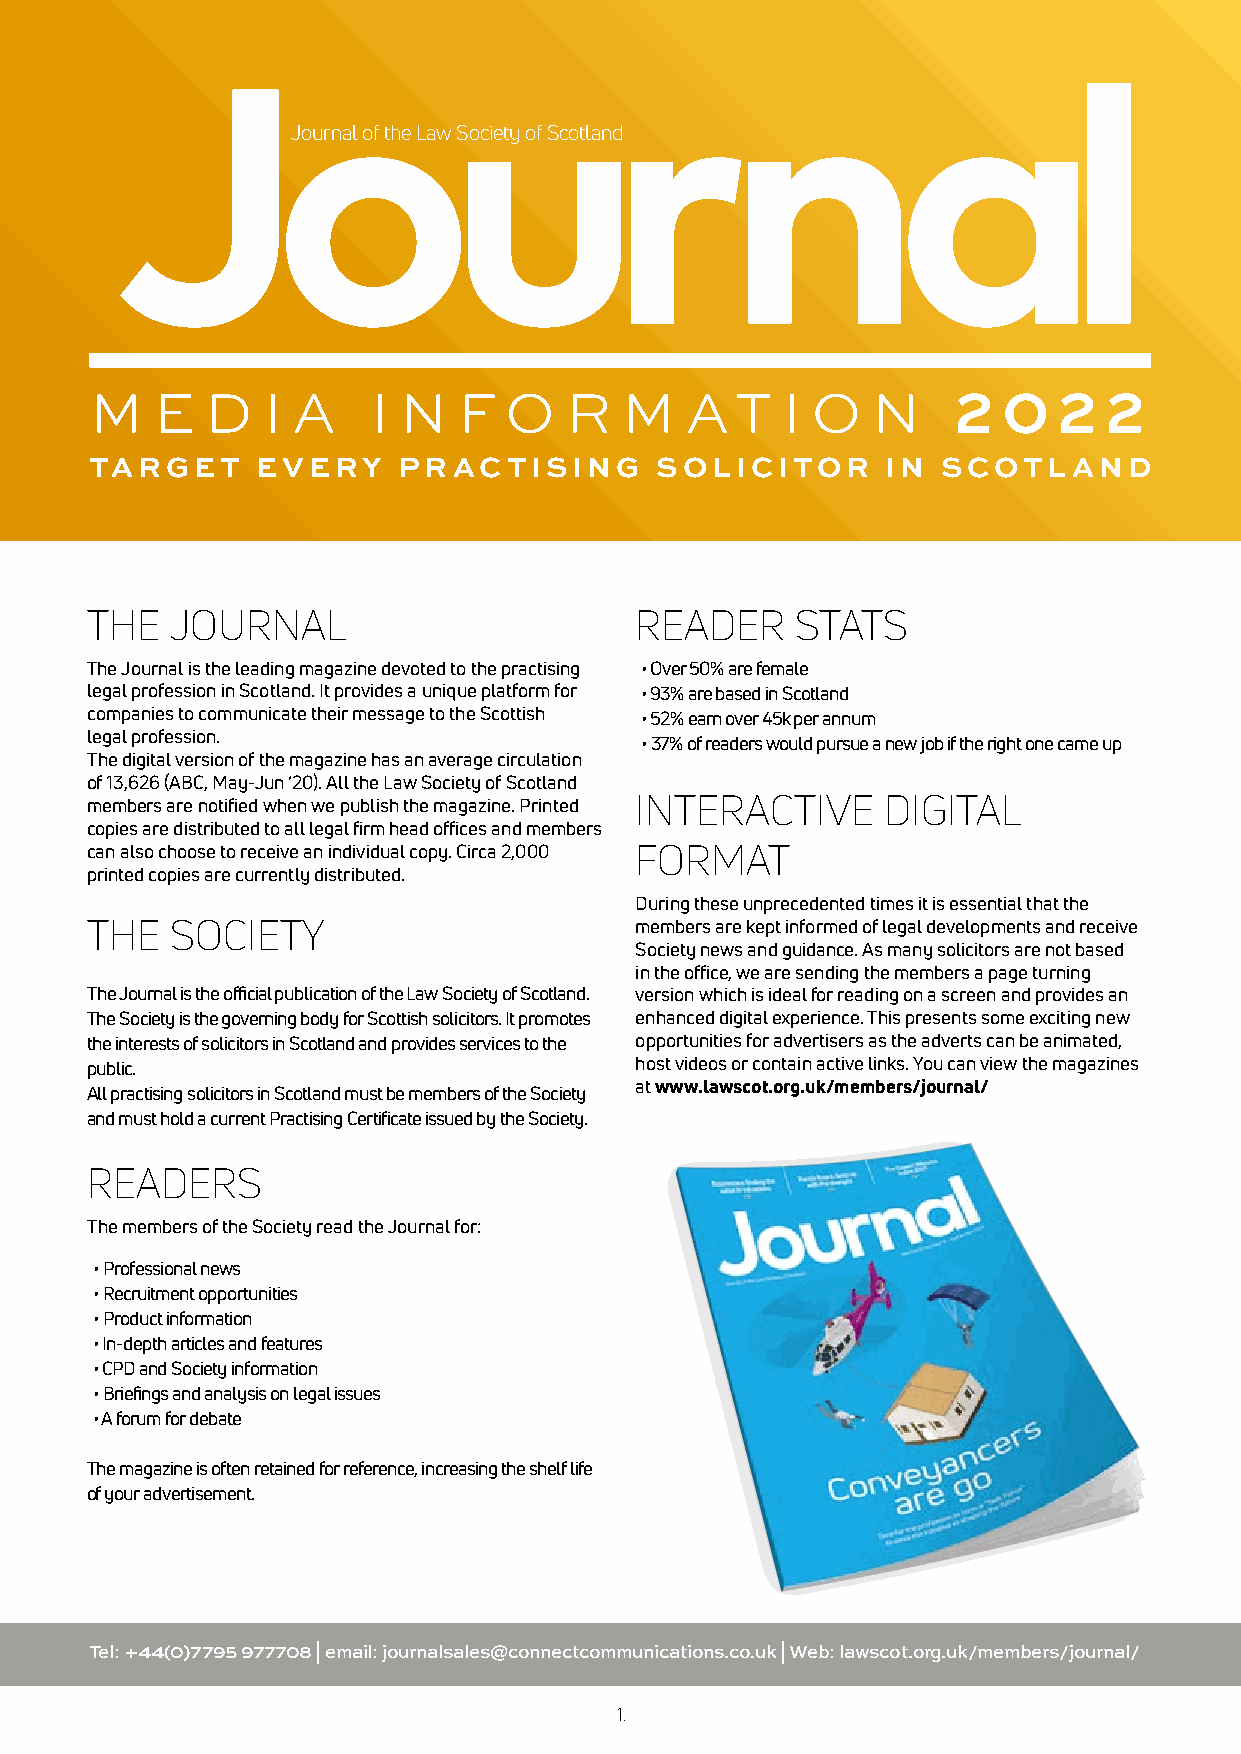
Journal of the Law Society of Scotland
 M   E   D  I A     I N  F  O   R   M   AT     I O   N    2  0   2  2
 TARGET     EVERY    PRACTISING       SOLICITOR       IN SCOTLAND
 THE  JOURNAL                        READER     STATS
 The Journal is the leading magazine devoted to the practising • Over 50% are female
 legal profession in Scotland. It provides a unique platform for • 93% are based in Scotland
 companies to communicate their message to the Scottish • 52% earn over 45k per annum
 legal profession.
 • 3 7% of readers would pursue a new job if the right one came up
 The digital version of the magazine has an average circulation
 of 13,626 (ABC, May-Jun ‘20). All the Law Society of Scotland
 members are notified when we publish the magazine. Printed INTERACTIVE DIGITAL
 copies are distributed to all legal firm head offices and members
 can also choose to receive an individual copy. Circa 2,000 FORMAT
 printed copies are currently distributed.
 During these unprecedented times it is essential that the
 THE  SOCIETY                        members are kept informed of legal developments and receive
 Society news and guidance. As many solicitors are not based
 in the office, we are sending the members a page turning
 The Journal is the official publication of the Law Society of Scotland. version which is ideal for reading on a screen and provides an
 The Society is the governing body for Scottish solicitors. It promotes enhanced digital experience. This presents some exciting new
 the interests of solicitors in Scotland and provides services to the opportunities for advertisers as the adverts can be animated,
 public.                             host videos or contain active links. You can view the magazines
 All practising solicitors in Scotland must be members of the Society at www.lawscot.org.uk/members/journal/
 and must hold a current Practising Certificate issued by the Society.
 READERS
 The members of the Society read the Journal for:
 • Professional news
 • Recruitment opportunities
 • Product information
 • In-depth articles and features
 • CPD and Society information
 • Briefings and analysis on legal issues
 • A forum for debate
 The magazine is often retained for reference, increasing the shelf life
 of your advertisement.
 Tel: +44(0)7795 977708 | email: journalsales@connectcommunications.co.uk | Web: lawscot.org.uk/members/journal/
 1.